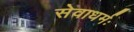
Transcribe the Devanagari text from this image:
सेवाधर्मः